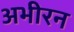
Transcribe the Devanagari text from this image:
अभीरन